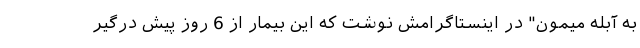
به آبله میمون" در اینستاگرامش نوشت که این بیمار از 6 روز پیش درگیر